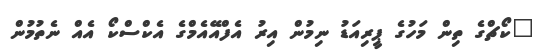
"ކޯޗްގެ ތިން މަހުގެ ޕީރިއަޑު ނިމުން އިރު އެފްއޭއެމްގެ އެކްސްކޯ އެއް ނެތުމުން